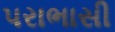
પરાભાસી